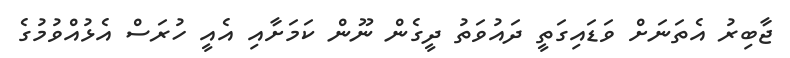
ޖާބިރު އެތަނަށް ވަޑައިގަތީ ދައުވަތު ދީގެން ނޫން ކަމަށާއި އެއީ ހުރަސް އެޅުއްވުމުގެ